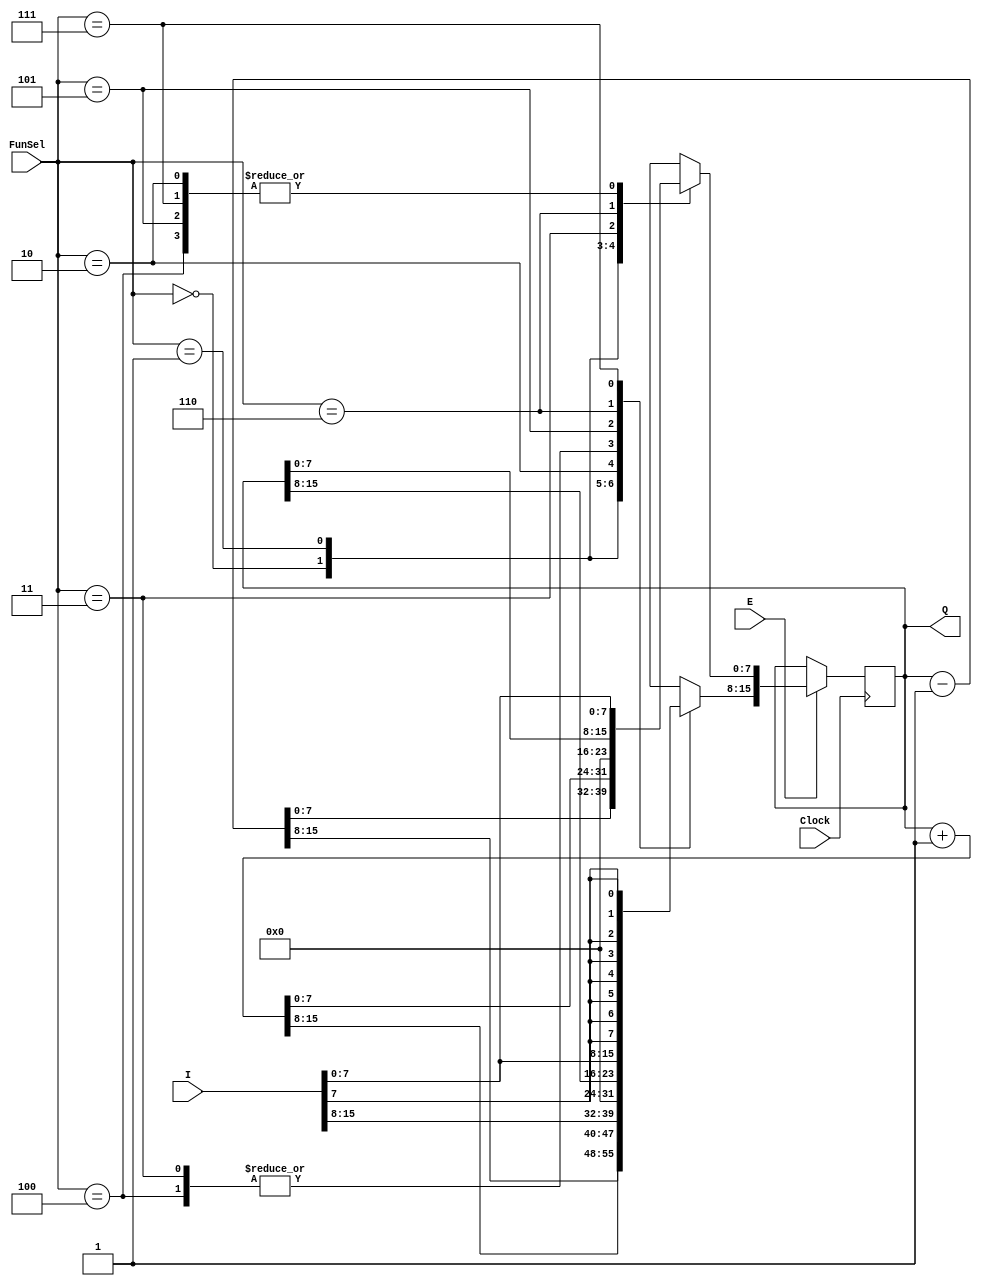
`timescale 1ns / 1ps
//////////////////////////////////////////////////////////////////////////////////
// Company: 
// Engineer: 
// 
// Design Name: 
// Module Name: Register
// Project Name: 
// Target Devices: 
// Tool Versions: 
// Description: 
// 
// Dependencies: 
// 
// Revision:
// Revision 0.01 - File Created
// Additional Comments:
// 
//////////////////////////////////////////////////////////////////////////////////


module Register(I,E,FunSel,Clock,Q);
    input wire [15:0] I;
    input wire E;
    input wire [2:0] FunSel;
    input wire Clock;
    output reg [15:0] Q;
    
    //reg [15:0] reg_data;
    always @ (posedge Clock)
    
    begin
    if(E)
    begin 
    case(FunSel)
        3'b000: Q <= Q - 16'd1; // Function 0: Decrement
        3'b001: Q <= Q + 16'd1; // Function 1: Increment
        3'b010: Q <= I;      // Function 2: Load
        3'b011: Q <= 16'b0;        // Function 3: Clear
        3'b100: begin
                    Q[15:8] <= 8'b0;
                    Q[7:0] <= I[7:0];
           // Function 4: Clear Q(15-0)
           end
        3'b101: begin
                    Q[7:0] <= I[7:0]; // Write low byte
                    Q[15:8] <= Q[15:8]; // Preserve high byte
                 end
        3'b110: begin
                    Q[7:0] <= Q[7:0]; // Preserve low byte
                    Q[15:8] <= I[7:0]; // Write high byte
                 end
        3'b111: begin
                    Q[15:8] <= {8{I[7]}}; // Sign extend I(7) to Q(15:8)
                    Q[7:0] <= I[7:0]; // Write low byte
                end
   default : Q[15:0] = Q[15:0]; 
   endcase
   end
   else
   begin
   Q[15:0] = Q[15:0];
  end
 end
 
 //assign Q = reg_data;
  
endmodule